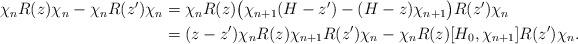
LaTeX: \begin{align*}\begin{aligned}\chi_n R(z)\chi_n - \chi_n R(z')\chi_n &= \chi_nR(z)\big(\chi_{n+1}(H-z') - (H-z)\chi_{n+1}\big)R(z')\chi_n\\&= (z-z') \chi_n R(z) \chi_{n+1} R(z')\chi_n - \chi_n R(z) [H_0,\chi_{n+1}]R(z')\chi_n.\end{aligned}\end{align*}